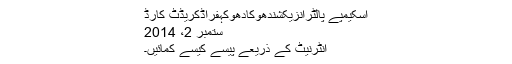
اسکیمپے پالٹرانزیکشندھوکادھوکہفراڈکریڈٹ کارڈ
ستمبر 2، 2014
انٹرنیٹ کے ذریعے پیسے کیسے کمائیں۔